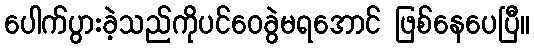
ပေါက်ပွားခဲ့သည်ကိုပင်ဝေခွဲမရအောင် ဖြစ်နေပေပြီ။